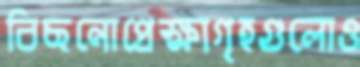
বিছনোপ্রেক্ষাগৃহগুলোও